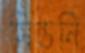
সিডনি